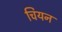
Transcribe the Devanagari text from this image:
चियन